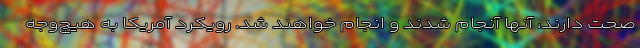
صحت دارند، آنها آنجام شدند و انجام خواهند شد. رویکرد آمریکا به هیچ‌وجه